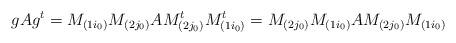
LaTeX: \begin{align*}g A g^t = M_{(1 i_0)} M_{(2j_0)} A M_{(2 j_0)}^t M_{(1 i_0)}^t = M_{(2j_0)} M_{(1 i_0)} A M_{(2 j_0)} M_{(1 i_0)}\end{align*}